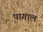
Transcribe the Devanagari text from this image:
पागाल